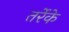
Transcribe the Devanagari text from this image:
तर्रेके